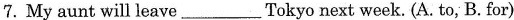
7.My aunt will leave___Tokyo next week. (A. to, B.for)